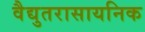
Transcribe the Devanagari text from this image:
वैद्युतरासायनिक